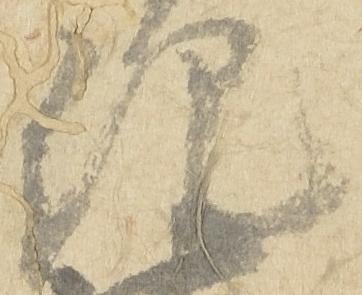
紀